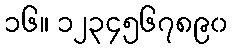
၁၆။ ၁၂၃၄၅၆၇၈၉၀